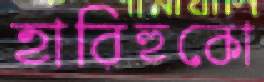
হারিহুকো